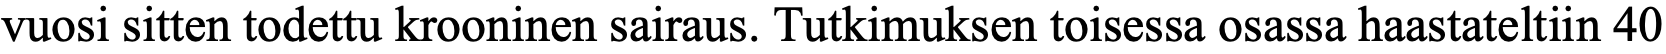
vuosi sitten todettu krooninen sairaus. Tutkimuksen toisessa osassa haastateltiin 40